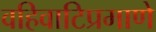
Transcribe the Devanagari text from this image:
वहिवाटिप्रमाणे